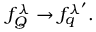
\begin{array} { r } { f _ { Q } ^ { \lambda } \to f _ { q } ^ { \lambda ^ { \prime } } . } \end{array}